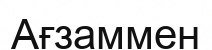
Ағзаммен